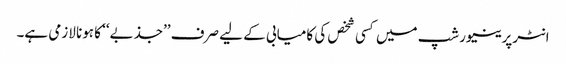
انٹرپرینیورشپ میں کسی شخص کی کامیابی کے لیے صرف ’’جذبے‘‘ کا ہونا لازمی ہے۔